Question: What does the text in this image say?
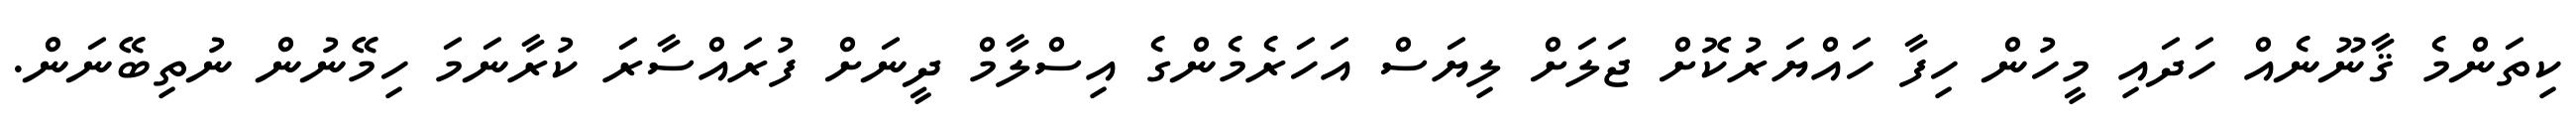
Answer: ކިތަންމެ ޤާނޫނެއް ހަދައި މީހުން ހިފާ ހައްޔަރުކޮށް ޖަލަށް ލިޔަސް އަހަރެމެންގެ އިސްލާމް ދީނަށް ފުރައްސާރަ ކުރާނަމަ ހިމޭނުން ނުތިބޭނަން.